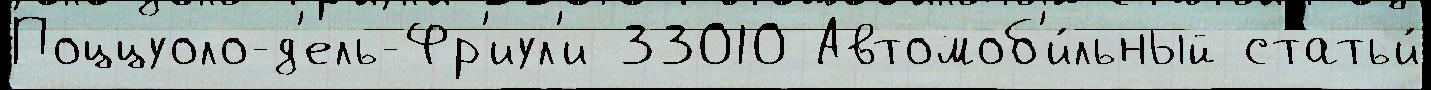
Поццуоло-д'ель-Фр'иул'и 33010 Автомоб'и́льный статьи́